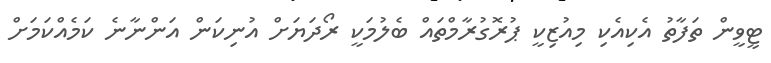
ޓީވީން ތަފާތު އެކިއެކި މިއުޒިކީ ޕުރޮގުރާމްތައް ބެލުމަކީ ރޯދަޔަށް އުނިކަން އަންނާނެ ކަމެއްކަމަށް